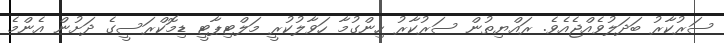
ސަރުކާރު ބަދަލުވެއްޖެއެވެ. ރައްޔިތުން ސަރުކާރު ހިންގުމާ ހަވާލުކުރީ މަލްޓިޕާޓީ ޑިމޮކްރަސީގެ ދަށުން އެންމެ